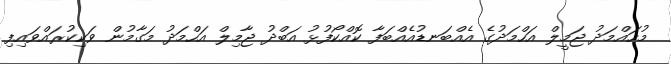
މުހައްމަދު ޖަމީލް އަހްމަދުގެ އެއްބަނޑުއެއްބަފާ ކޮއްކޯފުޅު އަބްދު ޖާމިލް އަހްމަދު މަގާމުން ވަކިކުރައްވައިފި